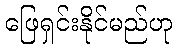
ဖြေရှင်းနိုင်မည်ဟု